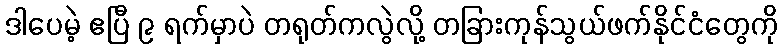
ဒါပေမဲ့ ဧပြီ ၉ ရက်မှာပဲ တရုတ်ကလွဲလို့ တခြားကုန်သွယ်ဖက်နိုင်ငံတွေကို